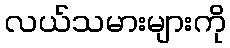
လယ်သမားများကို